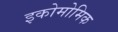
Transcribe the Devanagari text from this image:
इकोमोमिक